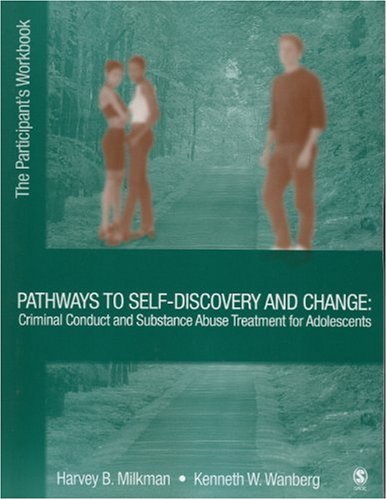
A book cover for Pathways to Self-Discovery and Change: Criminal Conduct and Substance Abuse Treatment for Adolescents: The Participant's Workbook; Harvey B. Milkman; Teen & Young Adult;